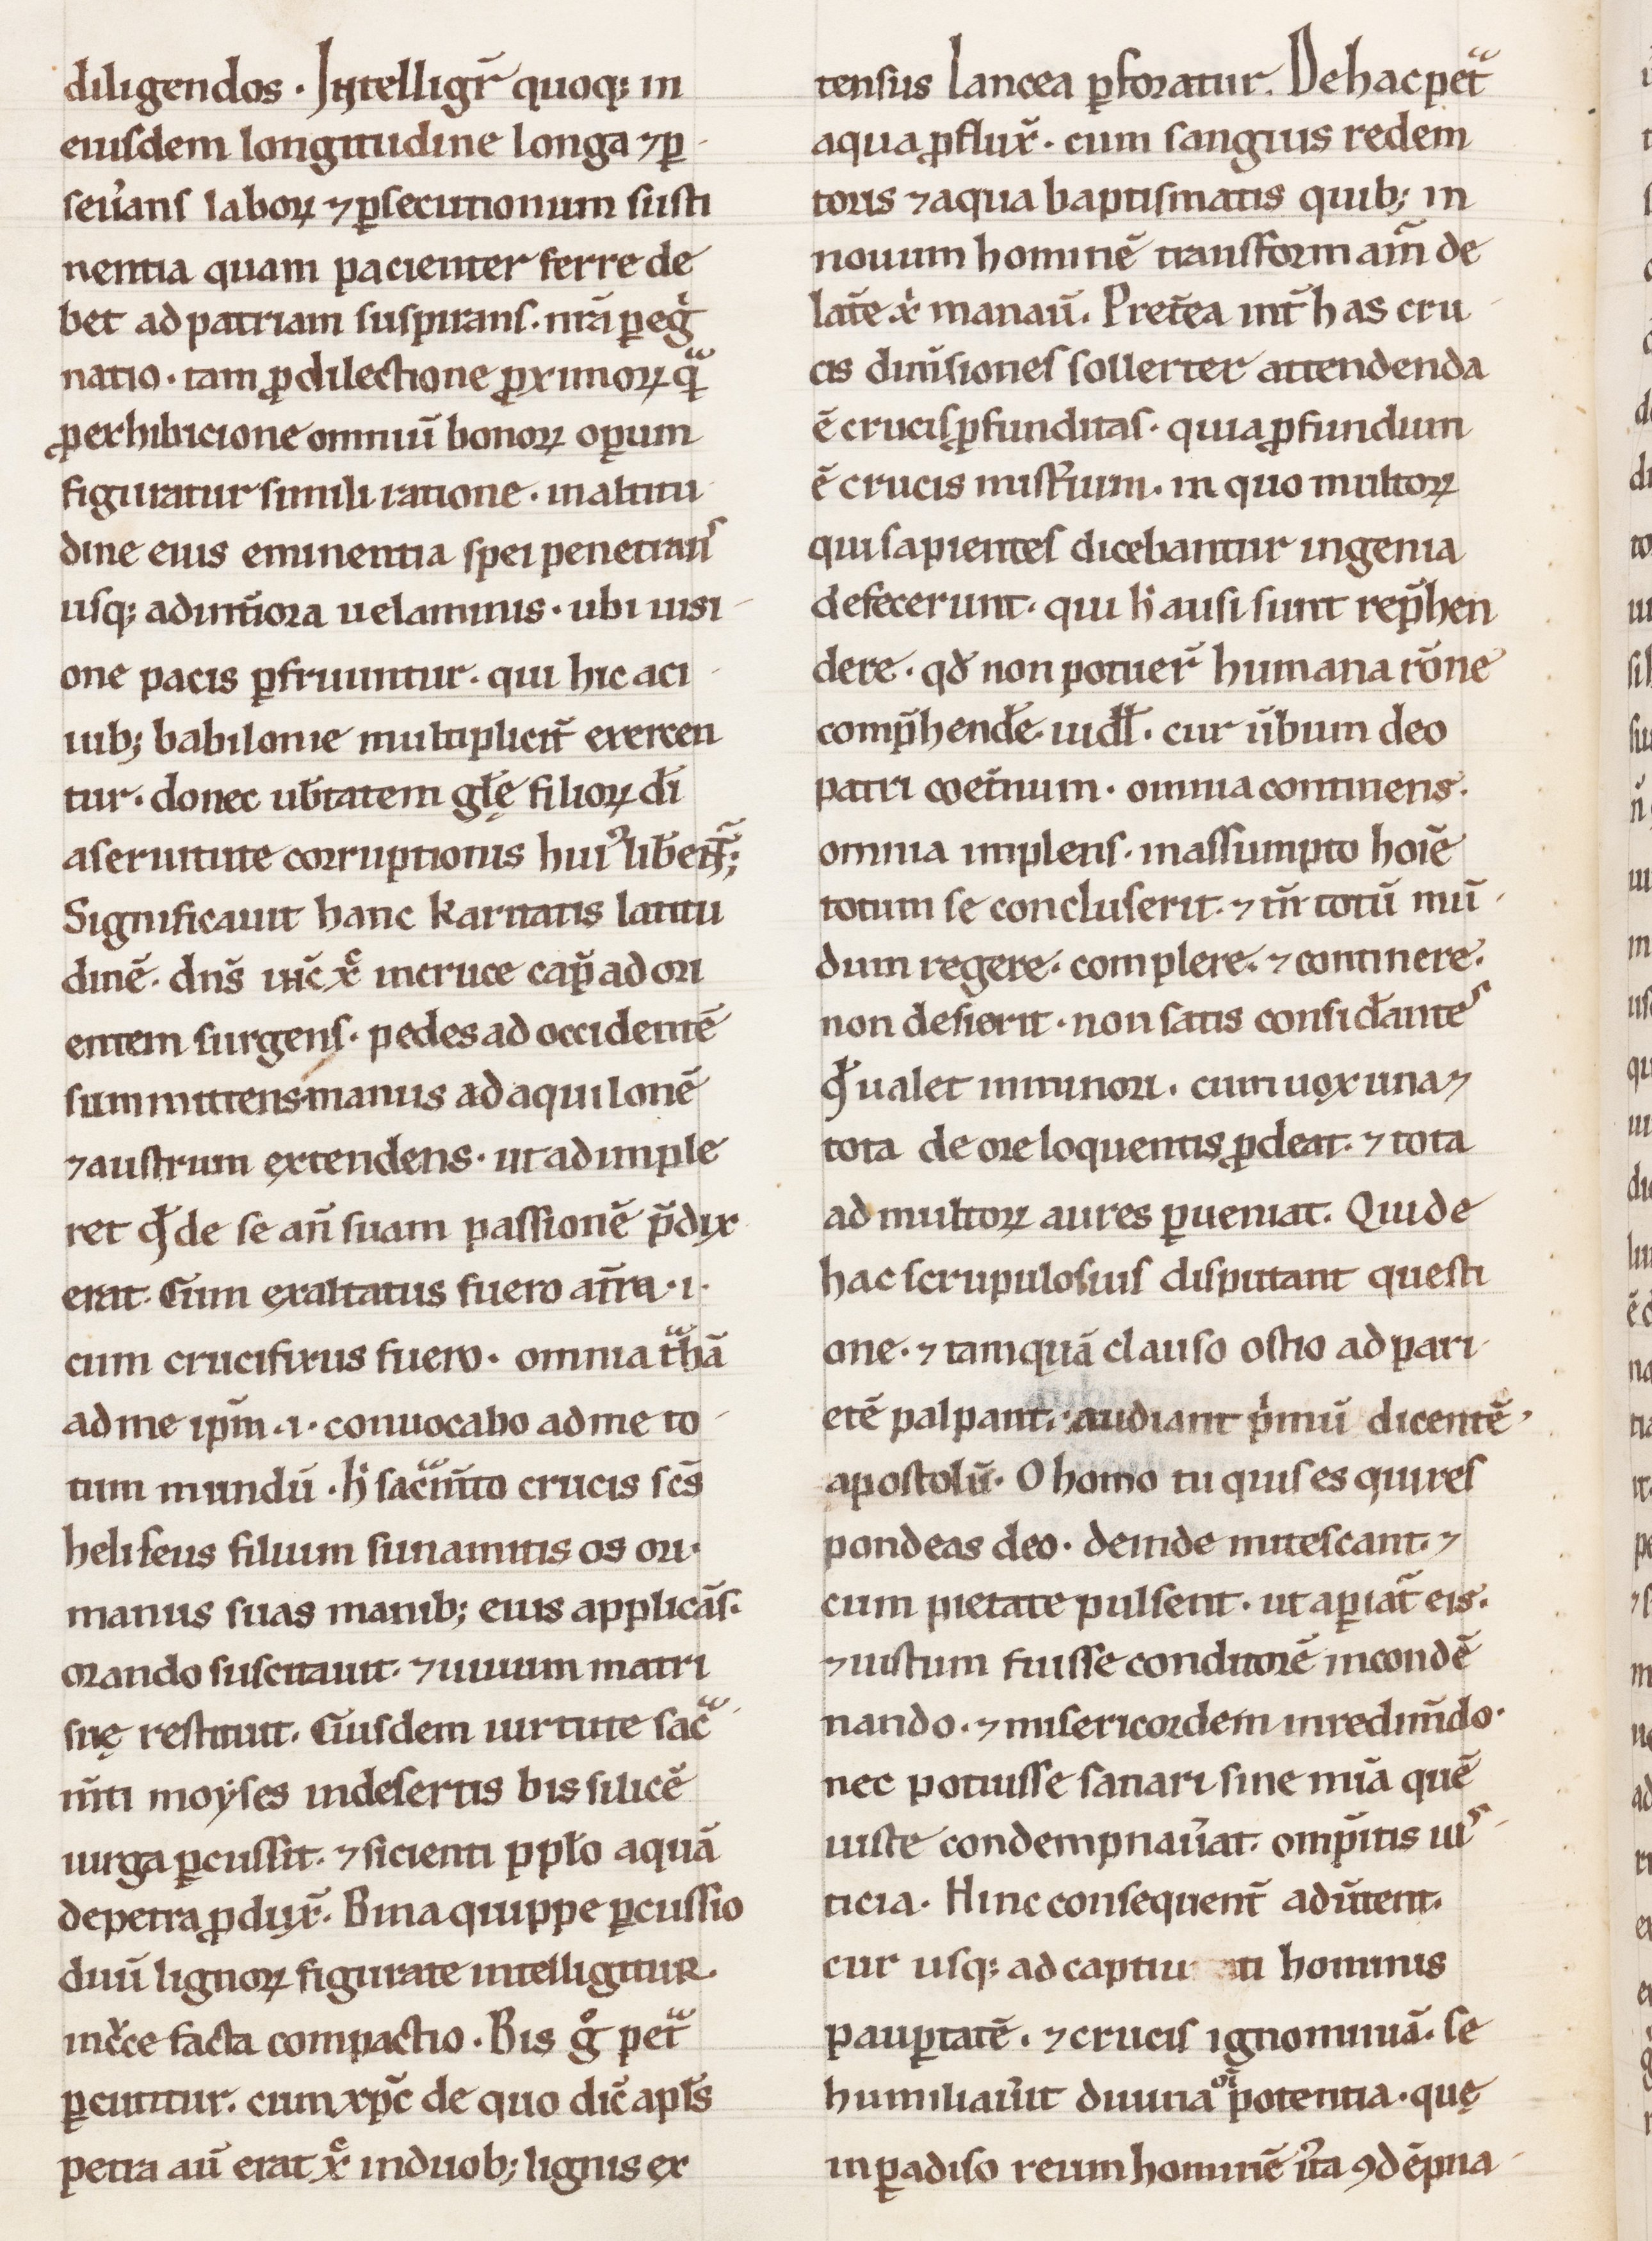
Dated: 1100–1199